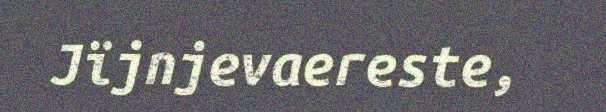
Jïjnjevaereste,